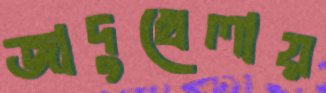
জাদুখেলায়